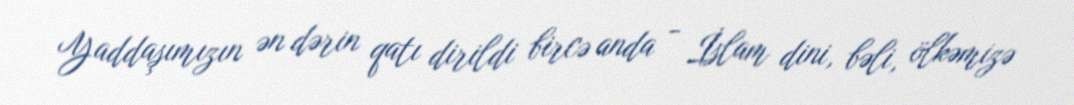
Yaddaşımızın ən dərin qatı dirildi bircə anda - İslam dini, bəli, ölkəmizə